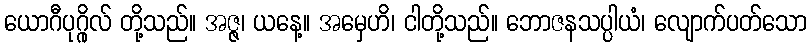
ယောဂီပုဂ္ဂိုလ် တို့သည်။ အဇ္ဇ၊ ယနေ့။ အမှေဟိ၊ ငါတို့သည်။ ဘောဇနသပ္ပါယံ၊ လျောက်ပတ်သော